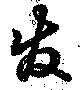
発